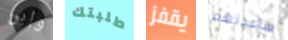
وإبن طلبتك يقفز ساعدتهم